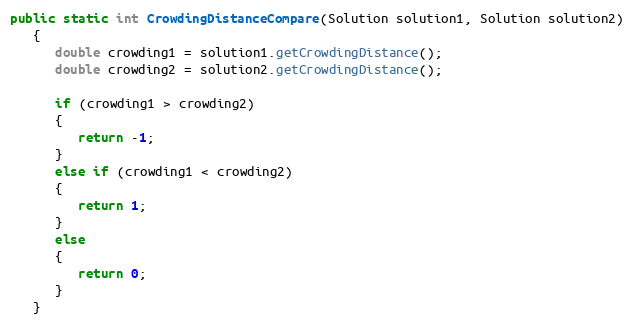
Language: Java
public static int CrowdingDistanceCompare(Solution solution1, Solution solution2)
   {
      double crowding1 = solution1.getCrowdingDistance();
      double crowding2 = solution2.getCrowdingDistance();

      if (crowding1 > crowding2)
      {
         return -1;
      }
      else if (crowding1 < crowding2)
      {
         return 1;
      }
      else
      {
         return 0;
      }
   }